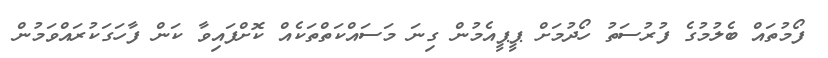
ފޯމުތައް ބެލުމުގެ ފުރުސަތު ހޯދުމަށް ޕީޕީއެމުން ގިނަ މަސައްކަތްތަކެއް ކޮށްފައިވާ ކަން ފާހަގަކުރައްވަމުން